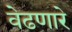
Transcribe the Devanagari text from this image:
वेढणारे